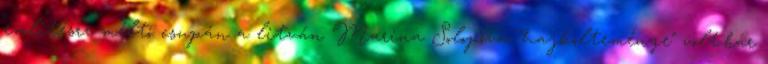
említésre méltó csupán a litván Marina Solopova "hajkölteménye" volt.bár